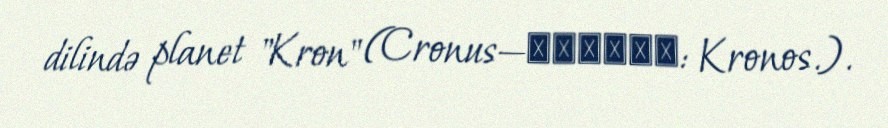
dilində planet "Kron" (Cronus—Κρόνος: Kronos.).